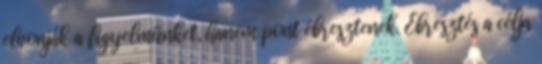
elvonják a figyelmünket, hanem pont ébresztenek. Ébresztés a célja